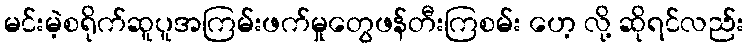
မင်းမဲ့စရိုက်ဆူပူအကြမ်းဖက်မှုတွေဖန်တီးကြစမ်း ဟေ့ လို့ ဆိုရင်လည်း